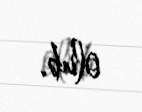
olub.